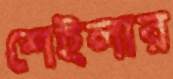
শেইলার